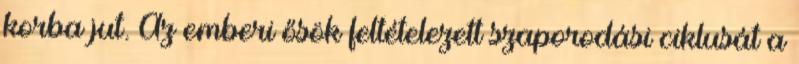
korba jut. Az emberi ősök feltételezett szaporodási ciklusát a